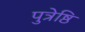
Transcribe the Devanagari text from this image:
पुत्रेष्ठि